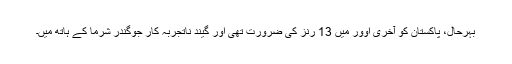
بہرحال، پاکستان کو آخری اوور میں 13 رنز کی ضرورت تھی اور گیند ناتجربہ کار جوگندر شرما کے ہاتھ میں۔